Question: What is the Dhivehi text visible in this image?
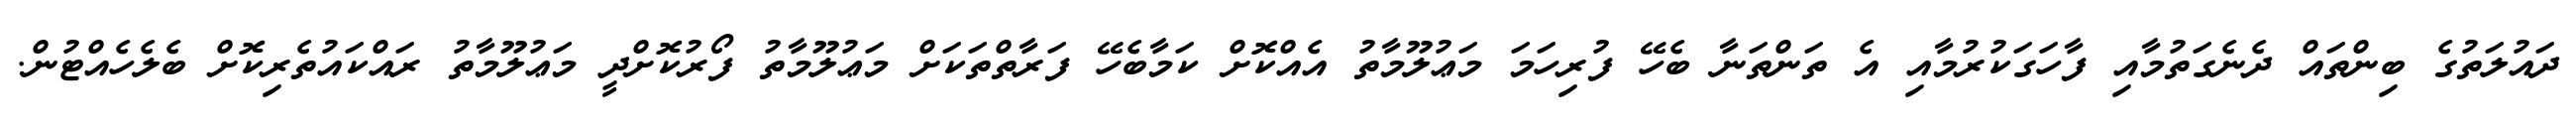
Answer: ދައުލަތުގެ ބިންތައް ދެނެގަތުމާއި ފާހަގަކުރުމާއި އެ ތަންތަނާ ބެހޭ ފުރިހަމަ މަޢުލޫމާތު އެއްކޮށް ކަމާބެހޭ ފަރާތްތަކަށް މަޢުލޫމާތު ފޯރުކޮށްދީ މަޢުލޫމާތު ރައްކައުތެރިކޮށް ބެލެހެއްޓުން.